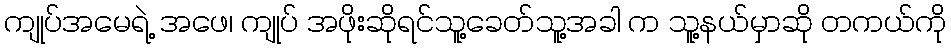
ကျုပ်အမေရဲ့ အဖေ၊ ကျုပ် အဖိုးဆိုရင်သူ့ခေတ်သူ့အခါ က သူ့နယ်မှာဆို တကယ်ကို